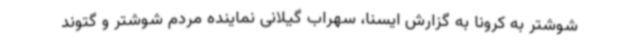
شوشتر به کرونا به گزارش ایسنا، سهراب گیلانی نماینده مردم شوشتر و گتوند